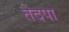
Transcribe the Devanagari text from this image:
तेदपा